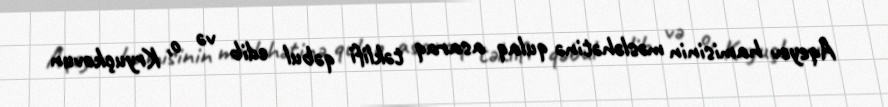
Aqeyev hamisinin məsləhətinə qulaq asaraq təklifi qəbul edib və o, Kryuçkovun